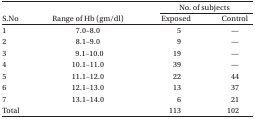
|  |  | <COLSPAN=2> No. of subjects |
 | S.No | Range of Hb (gm/dl) | Exposed | Control |
 | --- | --- | --- | --- |
 | 1 | 7.0–8.0 | 5 | — |
 | 2 | 8.1–9.0 | 9 | — |
 | 3 | 9.1–10.0 | 19 | — |
 | 4 | 10.1–11.0 | 39 | — |
 | 5 | 11.1–12.0 | 22 | 44 |
 | 6 | 12.1–13.0 | 13 | 37 |
 | 7 | 13.1–14.0 | 6 | 21 |
 | Total |  | 113 | 102 |